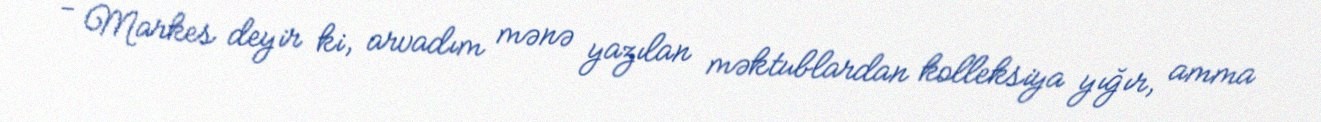
- Markes deyir ki, arvadım mənə yazılan məktublardan kolleksiya yığır, amma